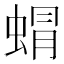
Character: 𮔙